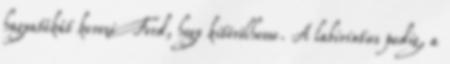
hagyatékát keresi Ford, hogy kitörölhesse. A labirintus pedig, a